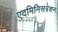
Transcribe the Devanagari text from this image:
एदमिनिसत्रेशन